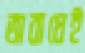
অবাধেই